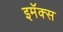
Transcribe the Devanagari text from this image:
इमॅक्स